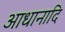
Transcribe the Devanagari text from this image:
आधानादि